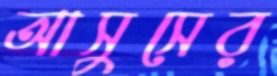
আসুসের